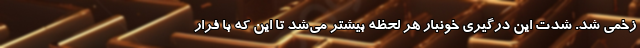
زخمی شد. شدت این درگیری خونبار هر لحظه بیشتر می‌شد تا این که با فرار